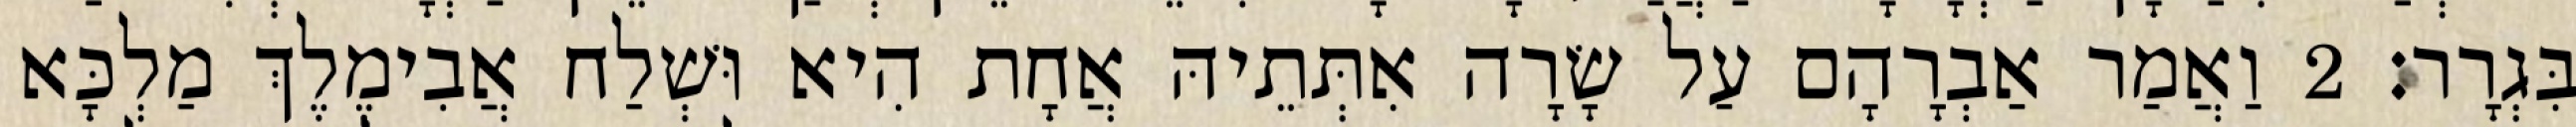
בִּגְרָר׃ 2 וַאֲמַר אַבְרָהָם עַל שָׂרָה אִתְּתֵיהּ אֲחָת הִיא וּשְׁלַח אֲבִימֶלֶךְ מַלְכָּא